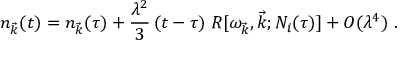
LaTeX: n _ { \vec { k } } ( t ) = n _ { \vec { k } } ( \tau ) + \frac { \lambda ^ { 2 } } { 3 } \, ( t - \tau ) \; { \cal R } [ \omega _ { \vec { k } } , { \vec { k } } ; { \cal N } _ { i } ( \tau ) ] + { \cal O } ( \lambda ^ { 4 } ) ~ .